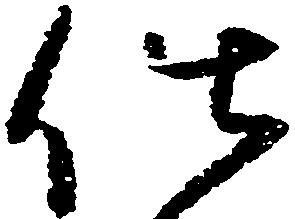
仕